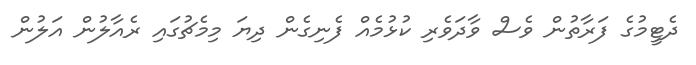
ދެޓީމުގެ ފަރާތުން ވެސް ވާދަވެރި ކުޅުމެއް ފެނިގެން ދިޔަ މިމެޗުގައި ރެއާލުން އަލުން